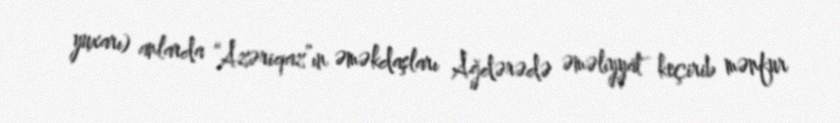
yuxarı) anlarda “Azəriqaz”ın əməkdaşları Ağdərədə əməliyyat keçirib mənfur